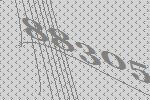
88305